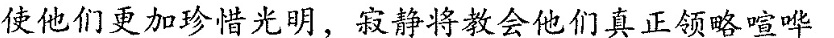
使他们更加珍光明，寂静教会他们真正领略喧哗